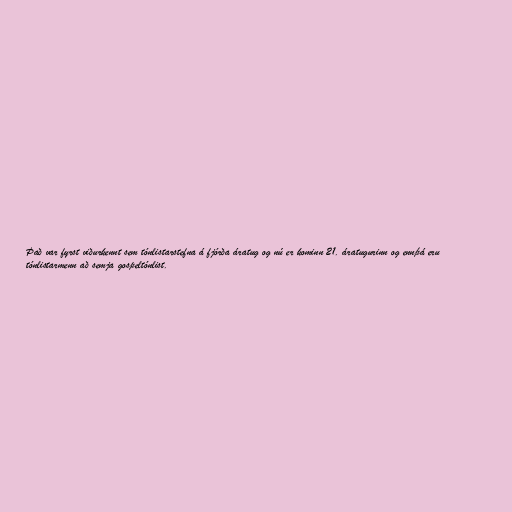
Það var fyrst viðurkennt sem tónlistarstefna á fjórða áratug og nú er kominn 21. áratugurinn og ennþá eru
tónlistarmenn að semja gospeltónlist.